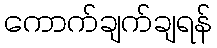
ကောက်ချက်ချရန်